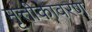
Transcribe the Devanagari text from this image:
मृत्तीकावरण